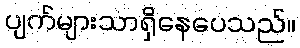
ပျက်များသာရှိနေပေသည်။